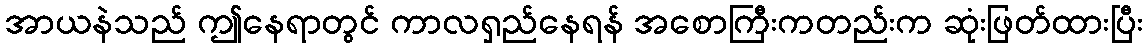
အာယနဲသည် ဤနေရာတွင် ကာလရှည်နေရန် အစောကြီးကတည်းက ဆုံးဖြတ်ထားပြီး